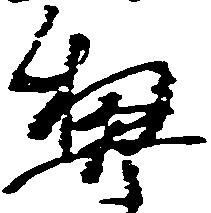
契